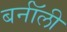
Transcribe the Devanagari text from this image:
बर्नॉली